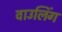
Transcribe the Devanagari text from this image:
वाउलिंग